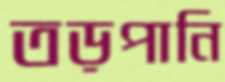
তড়পানি